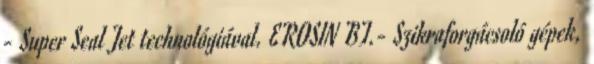
- Super Seal Jet technológiával. EROSIN BT.- Szikraforgácsoló gépek,